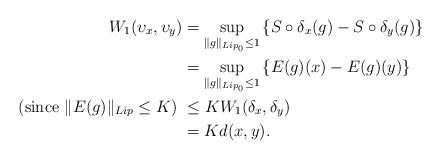
LaTeX: \begin{align*}W_1(\upsilon_x , \upsilon_y) &= \sup_{\|g\|_{Lip_0}\leq 1} \left\{S\circ\delta_x(g) - S\circ\delta_y(g)\right\}\\&= \sup_{\|g\|_{Lip_0}\leq 1}\left\{ E(g)(x)-E(g)(y)\right\}\\\hbox{(since $\|E(g)\|_{Lip} \leq K$)} \ & \leq K W_1(\delta_x, \delta_y)\\&= K d(x, y).\end{align*}